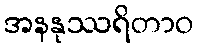
အနနုဿရိတာဝ